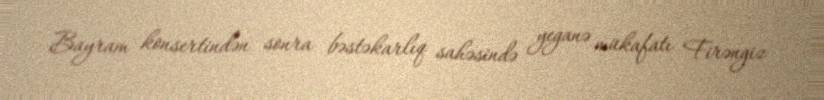
Bayram konsertindən sonra bəstəkarlıq sahəsində yeganə mükafatı Firəngiz